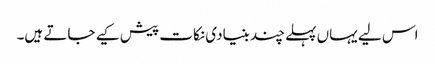
اس لیے یہاں پہلے چند بنیادی نکات پیش کیے جاتے ہیں۔